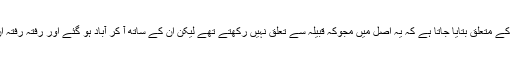
لانگری خاندان کے متعلق بتایا جاتا ہے کہ یہ اصل میں مجوکہ قبیلہ سے تعلق نہیں رکھتے تھے لیکن ان کے ساتھ آ کر آباد ہو گئے اور رفتہ رفتہ ان میں مل گئے۔